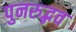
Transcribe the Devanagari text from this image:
पुनरुद्भव